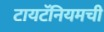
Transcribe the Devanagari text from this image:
टायटॅनियमची